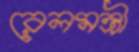
রেলমন্ত্রী